Indian journal of veterinary science and animal husbandry - Volumes 26-27, 1956-1957
Year: 1956
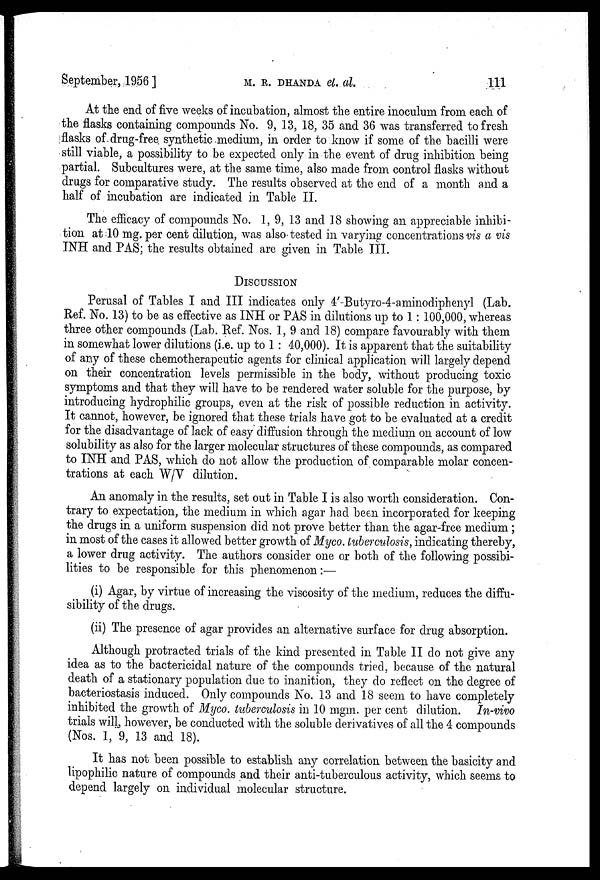
September, 1956 ]
M.
R.
DHANDA
et.
al.
111
At the end of five weeks of incubation, almost the entire inoculum from each of
the flasks containing compounds No. 9, 13, 18, 35 and 36 was transferred to fresh
flasks of drug-free synthetic medium, in order to know if some of the bacilli were
still viable, a possibility to be expected only in the event of drug inhibition being
partial. Subcultures were, at the same time, also made from control flasks without
drugs for comparative study. The results observed at the end of a month and a
half of incubation are indicated in Table II.
The efficacy of compounds No. 1, 9, 13 and 18 showing an appreciable inhibi-
tion at 10 mg. per cent dilution, was also tested in varying concentrations vis a vis
INH and PAS; the results obtained are given in Table III.
DISCUSSION
Perusal of Tables I and III indicates only 4'-Butyro-4-aminodiphenyl (Lab.
Ref. No. 13) to be as effective as INH or PAS in dilutions up to 1 : 100,000, whereas
three other compounds (Lab. Ref. Nos. 1, 9 and 18) compare favourably with them
in somewhat lower dilutions (i.e. up to 1 : 40,000). It is apparent that the suitability
of any of these chemotherapeutic agents for clinical application will largely depend
on their concentration levels permissible in the body, without producing toxic
symptoms and that they will have to be rendered water soluble for the purpose, by
introducing hydrophilic groups, even at the risk of possible reduction in activity.
It cannot, however, be ignored that these trials have got to be evaluated at a credit
for the disadvantage of lack of easy diffusion through the medium on account of low
solubility as also for the larger molecular structures of these compounds, as compared
to INH and PAS, which do not allow the production of comparable molar concen-
trations at each W/V dilution.
An anomaly in the results, set out in Table I is also worth consideration. Con-
trary to expectation, the medium in which agar had been incorporated for keeping
the drugs in a uniform suspension did not prove better than the agar-free medium ;
in most of the cases it allowed better growth of Myco. tuberculosis, indicating thereby,
a lower drug activity. The authors consider one or both of the following possibi-
lities to be responsible for this phenomenon:—
(i) Agar, by virtue of increasing the viscosity of the medium, reduces the diffu-
sibility of the drugs.
(ii) The presence of agar provides an alternative surface for drug absorption.
Although protracted trials of the kind presented in Table II do not give any
idea as to the bactericidal nature of the compounds tried, because of the natural
death of a stationary population due to inanition, they do reflect on the degree of
bacteriostasis induced. Only compounds No. 13 and 18 seem to have completely
inhibited the growth of Myco. tuberculosis in 10 mgm. per cent dilution. In-vivo
trials will, however, be conducted with the soluble derivatives of all the 4 compounds
(Nos. 1, 9, 13 and 18).
It has not been possible to establish any correlation between the basicity and
lipophilic nature of compounds and their anti-tuberculous activity, which seems to
depend largely on individual molecular structure.